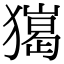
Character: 𤢠